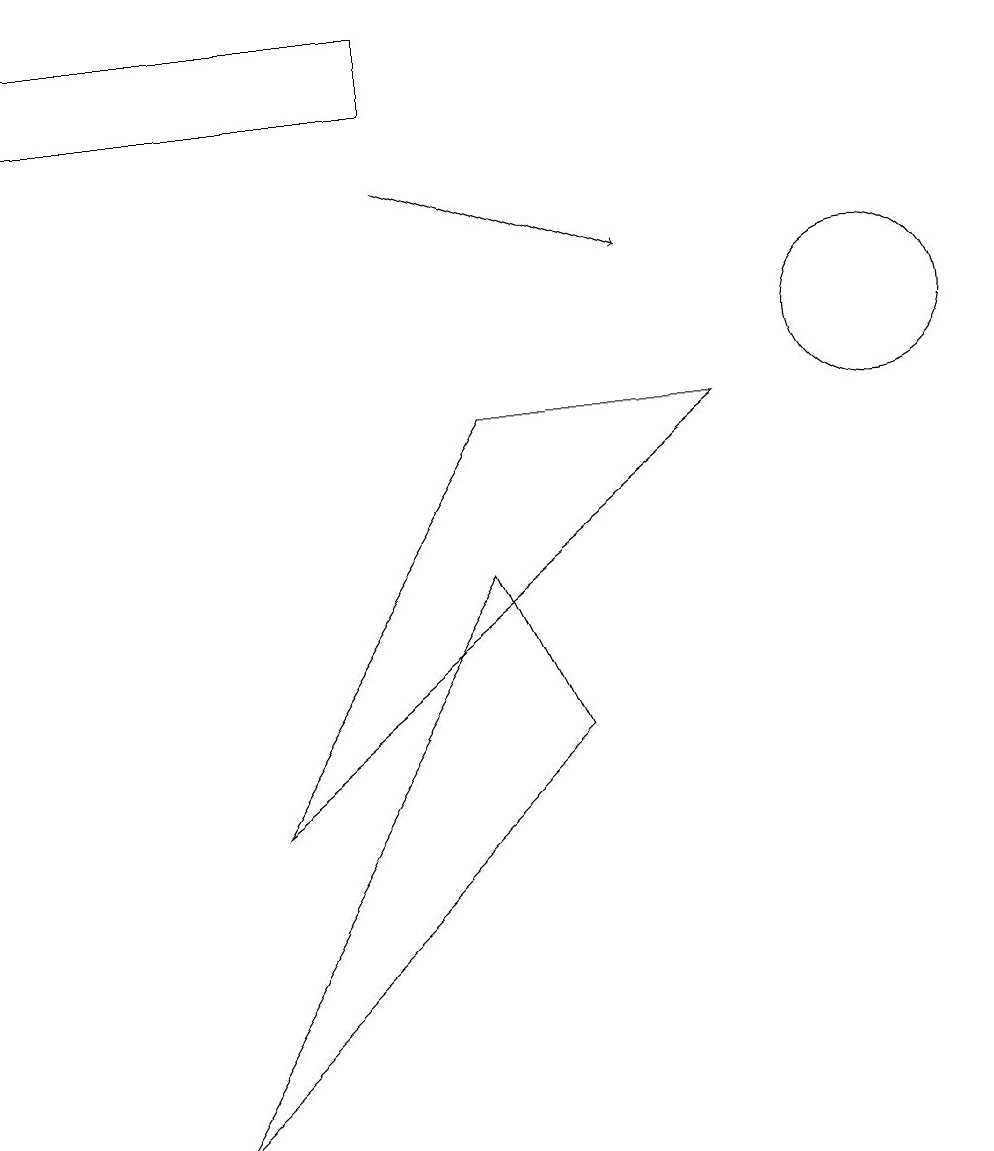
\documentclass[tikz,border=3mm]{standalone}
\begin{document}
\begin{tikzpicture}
\draw (2,0) -- (7,5) -- (6,7) -- cycle;
\draw[->] (5,12) -- (8,11);
\draw (6,9) -- (9,9) -- (3,4) -- cycle;
\draw (0,14) rectangle (5,13);
\draw (11,10) circle (1);
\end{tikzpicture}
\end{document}